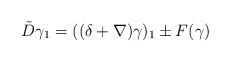
LaTeX: \begin{align*} \tilde D \gamma_1 = ((\delta+\nabla)\gamma)_1 \pm F(\gamma) \end{align*}